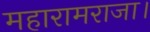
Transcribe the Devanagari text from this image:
महारामराजा।